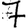
Digit: 7